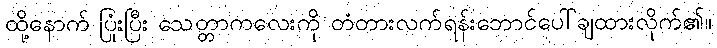
ထို့နောက် ပြုံးပြီး သေတ္တာကလေးကို တံတားလက်ရန်းဘောင်ပေါ်ချထားလိုက်၏။